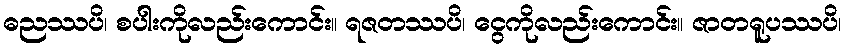
ဓညဿပိ၊ စပါးကိုလည်းကောင်း။ ရဇတဿပိ၊ ငွေကိုလည်းကောင်း။ ဇာတရူပဿပိ၊